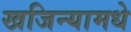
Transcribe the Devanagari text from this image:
खजिन्यामधे